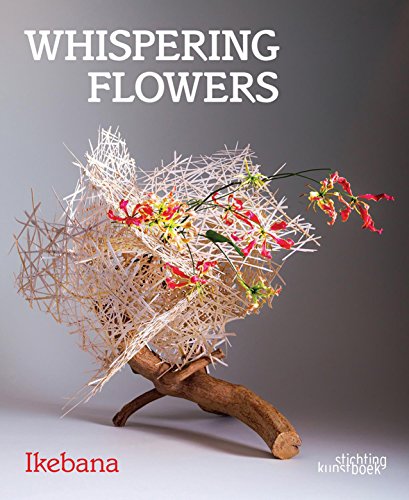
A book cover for Whispering Flowers: Ikebana; Stichting Kunstboek; Crafts, Hobbies & Home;